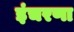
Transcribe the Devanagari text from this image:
इंचरणा